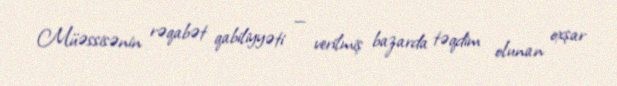
Müəssisənin rəqabət qabiliyyəti — verilmiş bazarda təqdim olunan oxşar